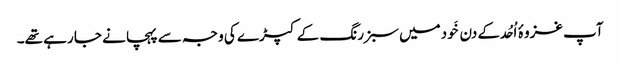
آپ غزوۂ اُحُد کے دن خَودمیں سبز رنگ کے کپڑے کی وجہ سے پہچانے جا رہے تھے۔